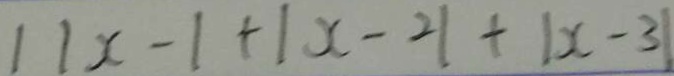
1 \vert x - 1 + \vert x - 2 \vert + \vert x - 3 \vert